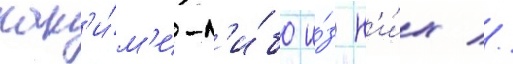
как'и́м'и-л'и́бо и́з н'и́х //